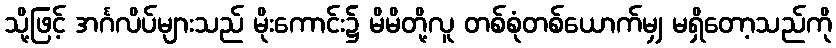
သို့ဖြင့် အင်္ဂလိပ်များသည် မိုးကောင်း၌ မိမိတို့လူ တစ်စုံတစ်ယောက်မျှ မရှိတော့သည်ကို